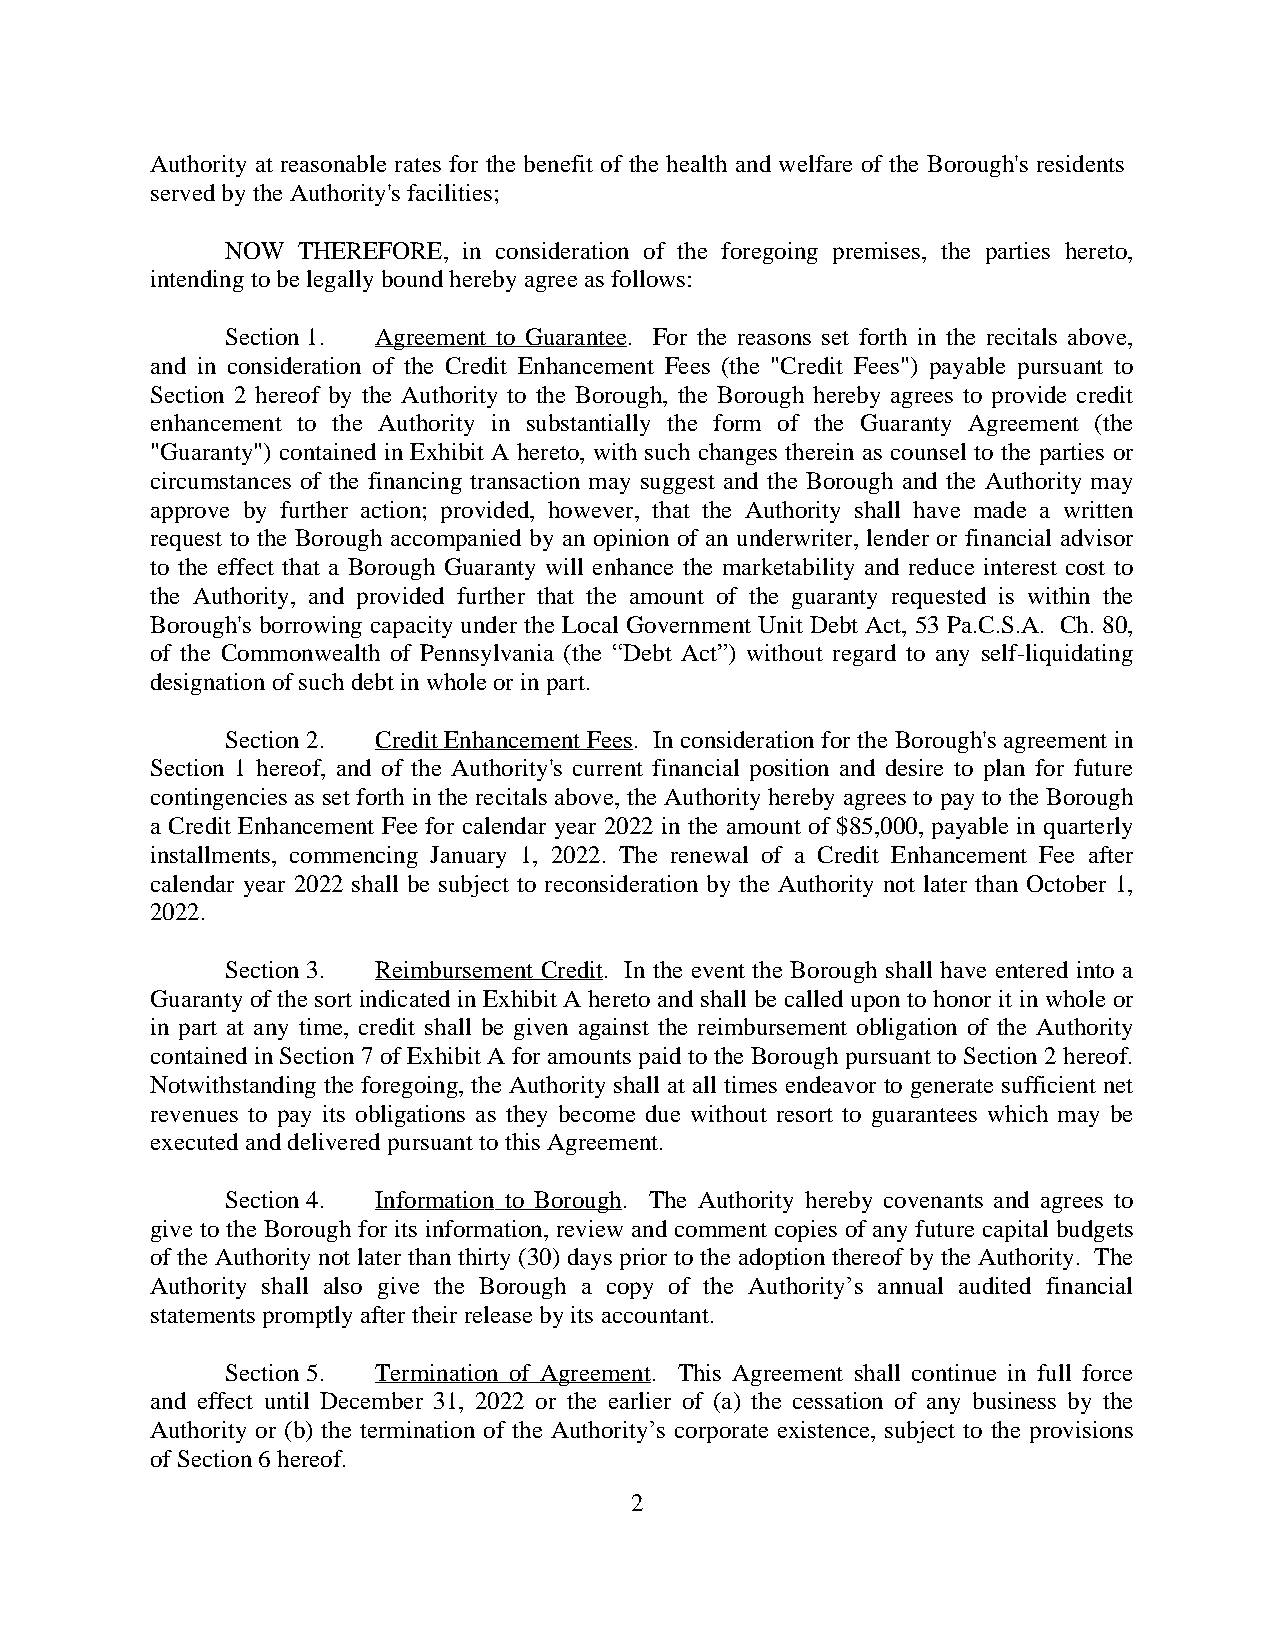
Authority at reasonable rates for the benefit of the health and welfare of the Borough's residents
 served by the Authority's facilities;
 NOW  THEREFORE, in consideration of the foregoing premises, the parties hereto,
 intending to be legally bound hereby agree as follows:
 Section 1. Agreement to Guarantee. For the reasons set forth in the recitals above,
 and in consideration of the Credit Enhancement Fees (the "Credit Fees") payable pursuant to
 Section 2 hereof by the Authority to the Borough, the Borough hereby agrees to provide credit
 enhancement to the Authority in substantially the form of the Guaranty Agreement (the
 "Guaranty") contained in Exhibit A hereto, with such changes therein as counsel to the parties or
 circumstances of the financing transaction may suggest and the Borough and the Authority may
 approve by further action; provided, however, that the Authority shall have made a written
 request to the Borough accompanied by an opinion of an underwriter, lender or financial advisor
 to the effect that a Borough Guaranty will enhance the marketability and reduce interest cost to
 the Authority, and provided further that the amount of the guaranty requested is within the
 Borough's borrowing capacity under the Local Government Unit Debt Act, 53 Pa.C.S.A. Ch. 80,
 of the Commonwealth of Pennsylvania (the “Debt Act”) without regard to any self-liquidating
 designation of such debt in whole or in part.
 Section 2. Credit Enhancement Fees. In consideration for the Borough's agreement in
 Section 1 hereof, and of the Authority's current financial position and desire to plan for future
 contingencies as set forth in the recitals above, the Authority hereby agrees to pay to the Borough
 a Credit Enhancement Fee for calendar year 2022 in the amount of $85,000, payable in quarterly
 installments, commencing January 1, 2022. The renewal of a Credit Enhancement Fee after
 calendar year 2022 shall be subject to reconsideration by the Authority not later than October 1,
 2022.
 Section 3. Reimbursement Credit. In the event the Borough shall have entered into a
 Guaranty of the sort indicated in Exhibit A hereto and shall be called upon to honor it in whole or
 in part at any time, credit shall be given against the reimbursement obligation of the Authority
 contained in Section 7 of Exhibit A for amounts paid to the Borough pursuant to Section 2 hereof.
 Notwithstanding the foregoing, the Authority shall at all times endeavor to generate sufficient net
 revenues to pay its obligations as they become due without resort to guarantees which may be
 executed and delivered pursuant to this Agreement.
 Section 4. Information to Borough. The Authority hereby covenants and agrees to
 give to the Borough for its information, review and comment copies of any future capital budgets
 of the Authority not later than thirty (30) days prior to the adoption thereof by the Authority. The
 Authority shall also give the Borough a copy of the Authority’s annual audited financial
 statements promptly after their release by its accountant.
 Section 5. Termination of Agreement. This Agreement shall continue in full force
 and effect until December 31, 2022 or the earlier of (a) the cessation of any business by the
 Authority or (b) the termination of the Authority’s corporate existence, subject to the provisions
 of Section 6 hereof.
 2